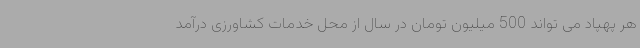
هر پهپاد می تواند 500 میلیون تومان در سال از محل خدمات کشاورزی درآمد